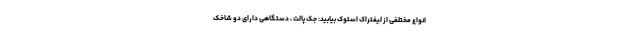
انواع مختلفی از لیفتراک استوک بیابید: جک پالت ، دستگاهی دارای دو شاخک